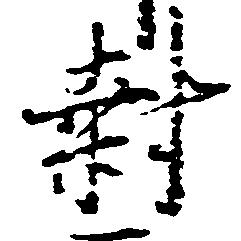
封